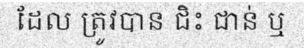
ដែល ត្រូវបាន ជិះ ជាន់ ឬ